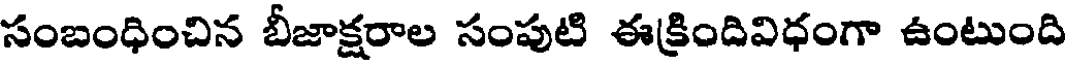
సంబంధించిన బీజాక్షరాల సంపుటి ఈక్రిందివిధంగా ఉంటుంది